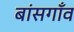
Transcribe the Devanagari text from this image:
बांसगाँव